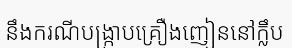
នឹងករណីបង្ក្រាបគ្រឿងញៀននៅក្លឹប